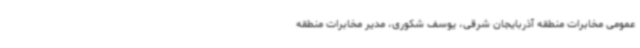
عمومی مخابرات منطقه آذربایجان شرقی، یوسف شکوری، مدیر مخابرات منطقه